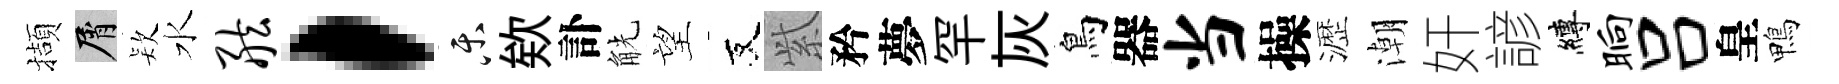
擷屑𣣇水舷，乐欸訃觥望友𬗋矜夢罕灰鳥器当操瀝潮奸諺縛晌吕皇鴨